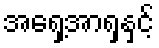
အရှေ့အာရှနှင့်